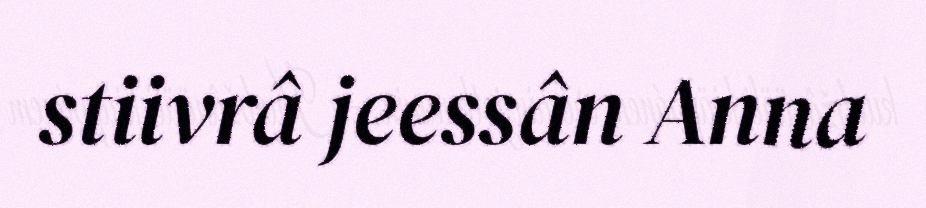
stiivrâ jeessân Anna